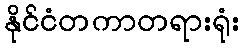
နိုင်ငံတကာတရားရုံး